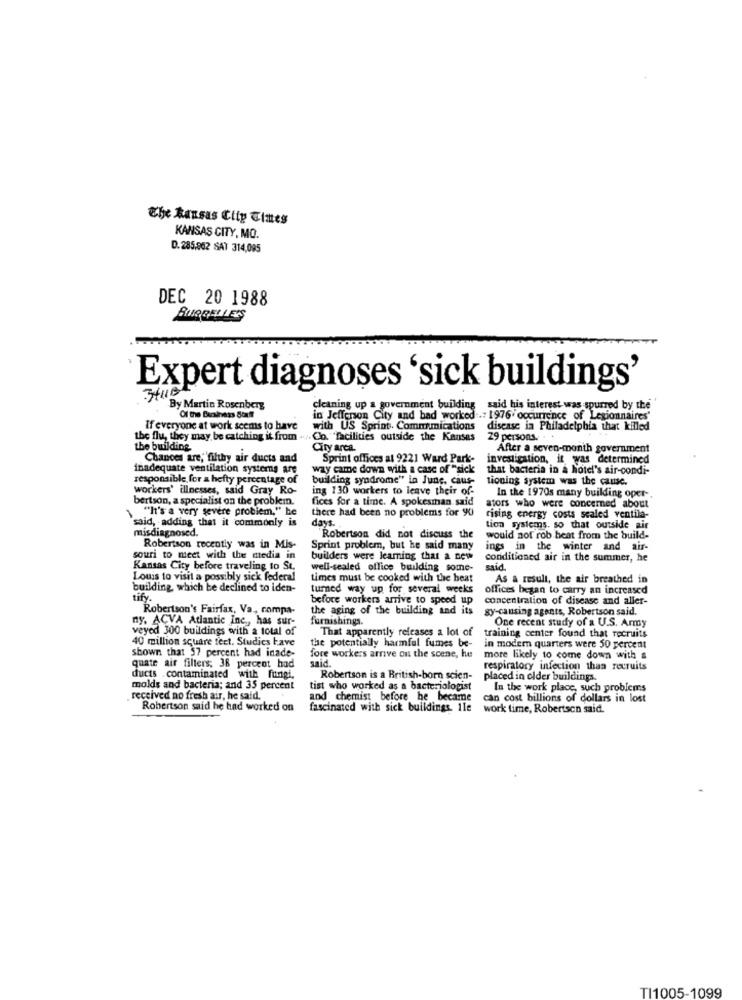
The kansas Clip Eines
KANSAS CITY, MO.
D. 285.962 SAT 314,095
DEC 20 1988
BURGELLE'S
Expert diagnoses 'sick buildings'
By Martin Rosenberg
cleaning up a government building said his interest was spurred by the
Of the Barnets Staff
in Jefferson City and bad worked ..: 1976 occurrence of Legionnaires'
If everyone at work seems to have
with US Sprint. Communications
disease in Philadelphia that killed
the flu, they may be catching it from ... Co. "facilities outside the Kansas
29 persons ...
the building
City arca.
After a seven-month government
Chances are," filthy air ducts and
Sprint offices at 9221 Ward Park-
investigation, it was determined
inadequate ventilation systems are
way came down with a case of "sick
that bacteria in a hotel's air-condi-
responsible for a hefty percentage of
building syndrome" in June, caus-
tioning system was the cause.
workers' illnesses, said Gray Ro-
ing 130 workers to leave their of-
bertson, a specialist on the problem.
fices for a time. A spokesman said
In the 1970s many building oper-
\ ""It's a very severe problem," be
there had been no problems for 90
ators who were concerned about
said, adding that it commonly is
days.
rising energy costs scaled ventila-
misdiagnosed.
tion systems, so that outside air
Robertson did not discuss the
would not rob beat from the build-
Robertson recently was in Mis-
Sprint problem, but he said many
ings in the winter and air-
souri to meet with the media in
builders were leaming that a new
conditioned air in the summer, he
Kansas City before traveling to St.
well-sealed office building some-
said.
Louis to visit a possibly sick federal
times must be cooked with the beat
As a result, the air breathed in
building, which be declined to iden-
turned way up for several weeks
offices began to carry an increased
tifv.
before workers arrive to speed up
concentration of disease and aller-
Robertson's Fairfax, Va ., compa-
the aging of the building and its
gy-causing agents, Robertson said.
ny. ACVA Atlantic Inc ., has sur-
furnishings.
One recent study of a U.S. Army
veyed 300 buildings with a total of
That apparently releases a lot of
40 million square feet. Studies have
training center found that recruits
shown that 57 percent had inade-
the potentially harmful fumes be-
in modern quarters were 50 percent
fore workers arrive on the scene, he
said.
more likely to come down with a
quate air filters; 38 percent had
respiratory infection than recruits
ducts .contaminated with fungi,
Robertson is a British-born scien-
placed in older buildings.
molds and bacteria; and 35 percent
tist who worked as a bacteriologist
In the work place, such problems
received no fresh air, he said.
and chemist before he became
can cost billions of dollars in lost
Robertson said he had worked on
fascinated with sick buildings. Ile
work time, Robertsen said.
TI1005-1099